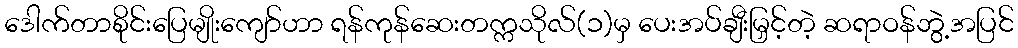
ဒေါက်တာစိုင်းပြေမျိုးကျော်ဟာ ရန်ကုန်ဆေးတက္ကသိုလ်(၁)မှ ပေးအပ်ချီးမြှင့်တဲ့ ဆရာဝန်ဘွဲ့အပြင်